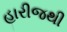
હારીજથી